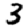
Digit: 3